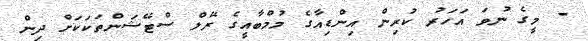
- މީގެ ނުވަ އަހަރު ކުރިން އިންޑިއާގެ މުމްބާއީގެ ރޭލް ސްޓޭޝަންތަކަކަށް ދިން